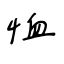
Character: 恤